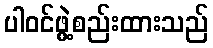
ပါဝင်ဖွဲ့စည်းထားသည်